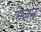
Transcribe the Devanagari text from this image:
भिजन